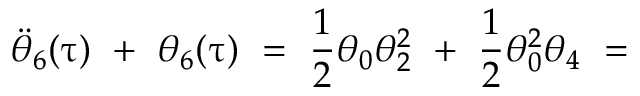
\Ddot { \theta } _ { 6 } ( \uptau ) \ + \ \theta _ { 6 } ( \uptau ) \ = \ \frac { 1 } { 2 } \theta _ { 0 } \theta _ { 2 } ^ { 2 } \ + \ \frac { 1 } { 2 } \theta _ { 0 } ^ { 2 } \theta _ { 4 } \ =